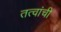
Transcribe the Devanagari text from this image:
तत्वांची